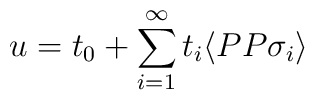
u= t_0 + \sum_{i=1}^{\infty} t_i \langle P P \sigma_i \rangle